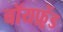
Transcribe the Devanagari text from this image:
बॉयफ़्रेंड